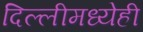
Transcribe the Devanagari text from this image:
दिल्लीमध्येही